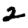
Digit: 2